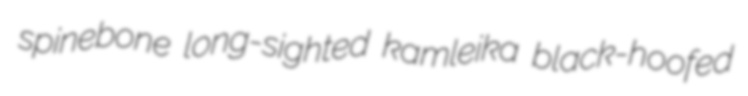
spinebone long-sighted kamleika black-hoofed